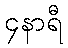
၄နာရီ